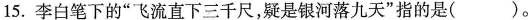
15.李白笔下的“飞流直下三千尺，疑是银河落九天”指的是（ ）。